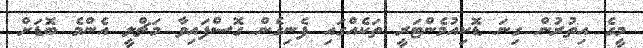
މީގެ އިތުރުން ގިނަ ޑޮކިއުމެންޓަރީ ތަކެއްގައި ފެނިގެން ގޮސްފައިވާ މަޗްލީ އެންމެ ބޮޑަށް